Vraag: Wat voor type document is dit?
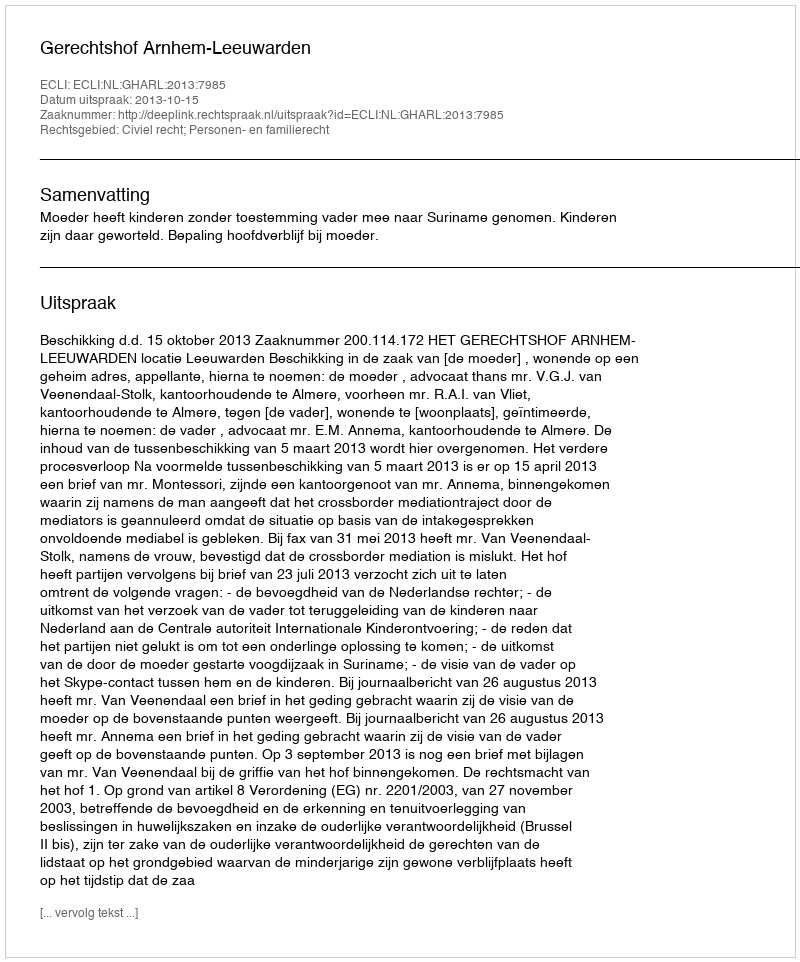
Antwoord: Uitspraak